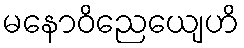
မနောဝိညေယျေဟိ